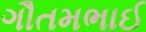
ગૌતમભાઈ